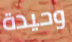
وحيدة